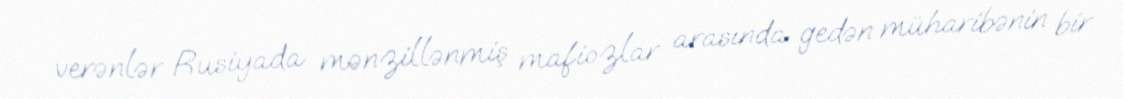
verənlər Rusiyada mənzillənmiş mafiozlar arasında gedən müharibənin bir